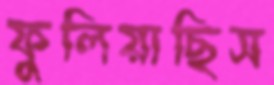
ফুলিয়াছিস